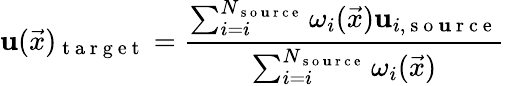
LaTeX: \mathbf{u}(\vec{{x}})_{\mathrm{{~t~a~r~g~e~t~}}}=\frac{{\sum_{i=i}^{N_{\mathrm{{~s~o~\mathbf{u}~r~c~e~}}}}\omega_{i}(\vec{{x}})\mathbf{u}_{i,\mathrm{{~s~o~\mathbf{u}~r~c~e~}}}}}{{\sum_{i=i}^{N_{\mathrm{{~s~o~\mathbf{u}~r~c~e~}}}}\omega_{i}(\vec{{x}})}}